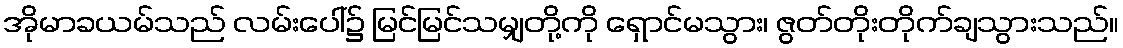
အိုမာခယမ်သည် လမ်းပေါ်၌ မြင်မြင်သမျှတို့ကို ရှောင်မသွား၊ ဇွတ်တိုးတိုက်ချသွားသည်။